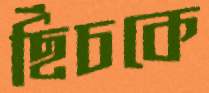
ছিঁচকে